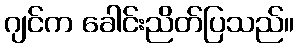
ဂျင်က ခေါင်းညိတ်ပြသည်။